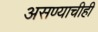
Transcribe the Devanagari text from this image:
असण्याचीही